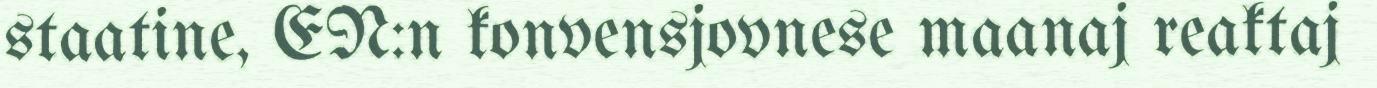
staatine, EN:n konvensjovnese maanaj reaktaj